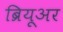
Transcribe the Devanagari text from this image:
ब्रियूअर